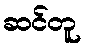
ဆင်တူ